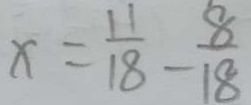
x = \frac { 1 1 } { 1 8 } - \frac { 8 } { 1 8 }